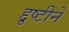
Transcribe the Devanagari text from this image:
द्दृष्टीने